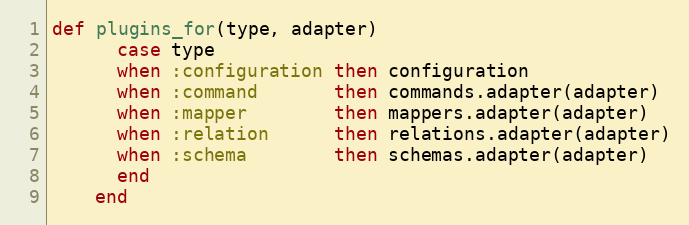
Language: Ruby
def plugins_for(type, adapter)
      case type
      when :configuration then configuration
      when :command       then commands.adapter(adapter)
      when :mapper        then mappers.adapter(adapter)
      when :relation      then relations.adapter(adapter)
      when :schema        then schemas.adapter(adapter)
      end
    end